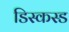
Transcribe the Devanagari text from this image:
डिस्कस्ड